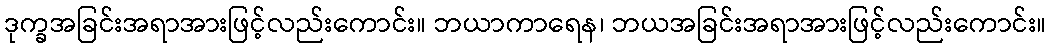
ဒုက္ခအခြင်းအရာအားဖြင့်လည်းကောင်း။ ဘယာကာရေန၊ ဘယအခြင်းအရာအားဖြင့်လည်းကောင်း။